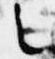
之